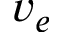
v _ { e }